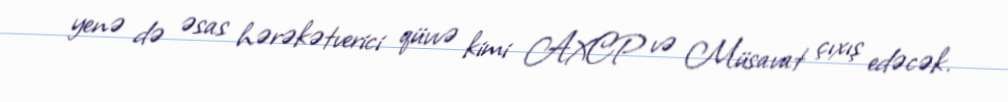
yenə də əsas hərəkətverici qüvvə kimi AXCP və Müsavat çıxış edəcək.